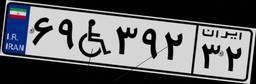
۵۴W۱۶۳۹۰